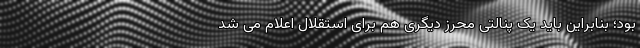
بود؛ بنابراین باید یک پنالتی محرز دیگری هم برای استقلال اعلام می شد